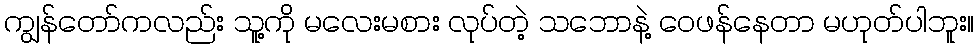
ကျွန်တော်ကလည်း သူ့ကို မလေးမစား လုပ်တဲ့ သဘောနဲ့ ဝေဖန်နေတာ မဟုတ်ပါဘူး။